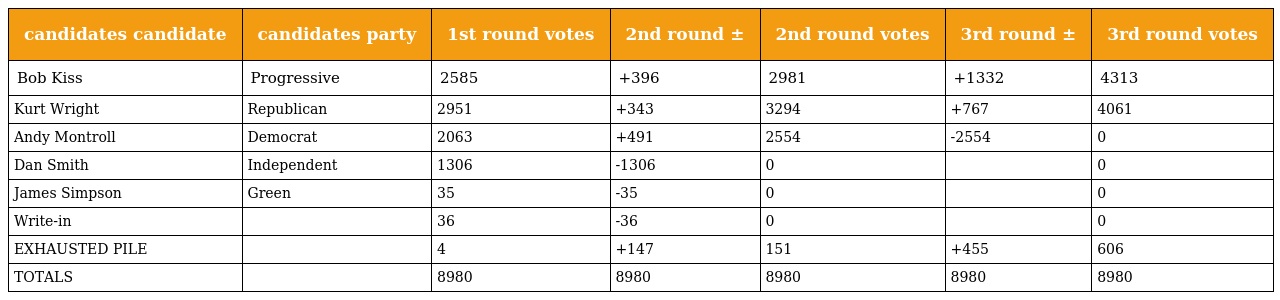
| candidates candidate | candidates party | 1st round votes | 2nd round ± | 2nd round votes | 3rd round ± | 3rd round votes |
 | --- | --- | --- | --- | --- | --- | --- |
 | Bob Kiss | Progressive | 2585 | +396 | 2981 | +1332 | 4313 |
 | Kurt Wright | Republican | 2951 | +343 | 3294 | +767 | 4061 |
 | Andy Montroll | Democrat | 2063 | +491 | 2554 | -2554 | 0 |
 | Dan Smith | Independent | 1306 | -1306 | 0 |  | 0 |
 | James Simpson | Green | 35 | -35 | 0 |  | 0 |
 | Write-in |  | 36 | -36 | 0 |  | 0 |
 | EXHAUSTED PILE |  | 4 | +147 | 151 | +455 | 606 |
 | TOTALS |  | 8980 | 8980 | 8980 | 8980 | 8980 |